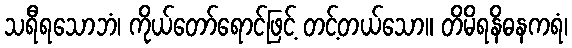
သရီရသောဘံ၊ ကိုယ်တော်ရောင်ဖြင့် တင့်တယ်သော။ တိမိရနိဓနကရံ၊